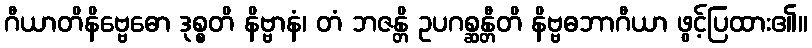
ဂီယာတိနိဗ္ဗေဓော ဒုစ္စတိ နိဗ္ဗာနံ၊ တံ ဘဇန္တိ ဥပဂစ္ဆန္တီတိ နိဗ္ဗဓဘာဂီယာ ဖွင့်ပြထား၏။